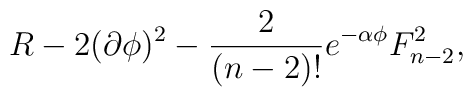
R -2 (\partial \phi)^2 - { 2 \over (n-2)! } e^{ -\alpha \phi} F^2 _{n-2},